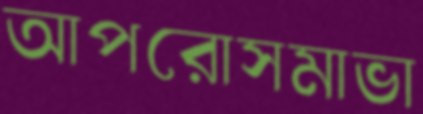
আপরোসমাভা